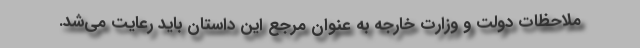
ملاحظات دولت و وزارت خارجه به عنوان مرجع این داستان باید رعایت می‌شد.